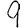
Digit: 9